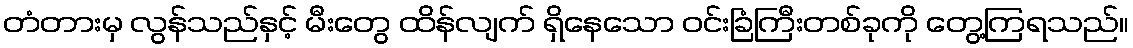
တံတားမှ လွန်သည်နှင့် မီးတွေ ထိန်လျက် ရှိနေသော ဝင်းခြံကြီးတစ်ခုကို တွေ့ကြရသည်။